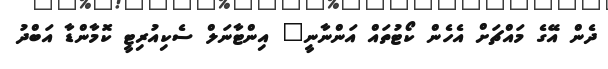
ދެން އޭގެ މައްޗަށް އެހެން ކޯޓުތައް އަންނާނީ" އިންޓާނަލް ސެކިއުރިޓީ ކޮމާންޑާ އަބްދު